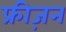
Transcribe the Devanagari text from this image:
फ्रीज़न